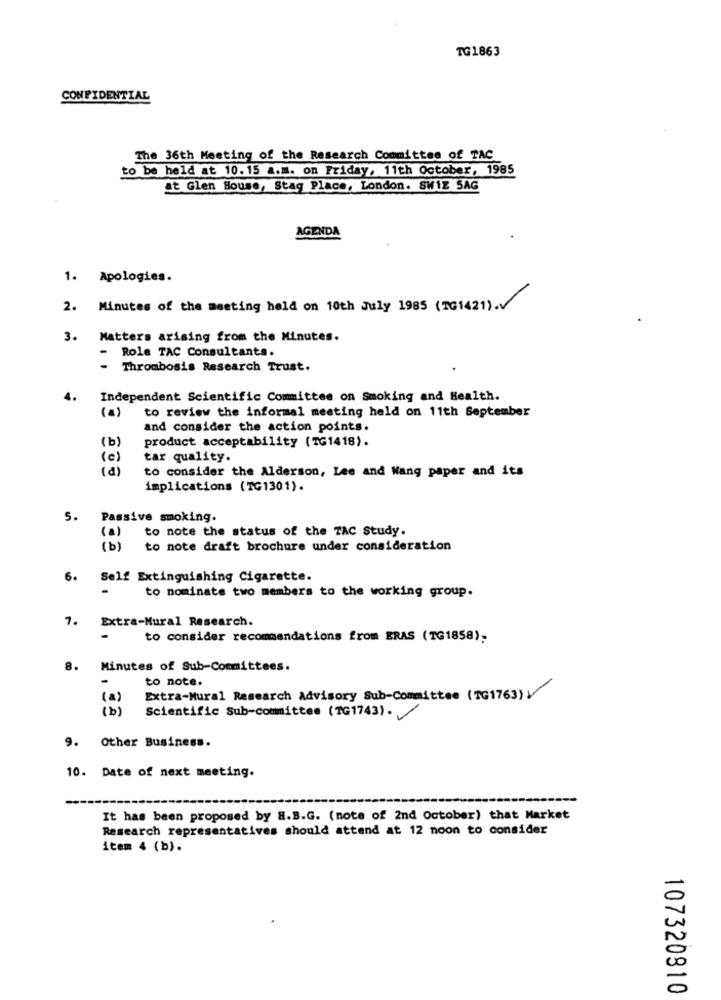
TG1863
CONFIDENTIAL
The 36th Meeting of the Research Committee of TAC
to be held at 10.15 a.m. on Friday, 11th October, 1985
at Glen House, Stag Place, London. SW12 SAG
AGENDA
1.
Apologies.
2.
Minutes of the meeting held on 10th July 1985 (TG1421).V
3.
Matters arising from the Minutes.
Role TAC Consultants.
Thrombosis Research Trust.
Independent Scientific Committee on Smoking and Health.
(a)
to review the informal meeting held on 11th September
and consider the action points.
(b)
product acceptability (TG1418).
(0)
tar quality.
(a)
to consider the Alderson, Lee and Wang paper and its
implications (TG1301).
5. Passive smoking.
(a)
to note the status of the TAC Study.
(b) to note draft brochure under consideration
.Self Extinguishing Cigarette.
to nominate two members to the working group.
7. Extra-Mural Research.
to consider recommendations from ERAS (TG1858)-
8.
Minutes of Sub-Committees.
-
to note.
(a)
Extra-Mural Research Advisory Sub-Committee (TG1763)
A
Scientific Sub-committee (1G1743).
9. Other Business.
10. Date of next meeting.
It has been proposed by a.B.G. (note of 2nd October) that Market
Research representatives should attend at 12 noon to consider
item 4 (b).
107320810